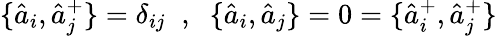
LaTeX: \{ \hat{a}_{i},\hat{a}_{j}^{+}\} =\delta_{ij}\; \; ,\; \; \{ \hat{a}_{i},\hat{a}_{j}\} =0=\{ \hat{a}_{i}^{+},\hat{a}_{j}^{+}\}